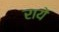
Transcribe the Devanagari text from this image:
रायें